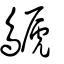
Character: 鷈